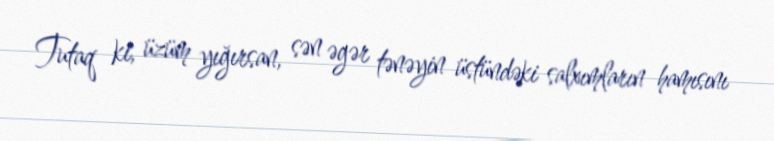
Tutaq ki, üzüm yığırsan, sən əgər tənəyin üstündəki salxımların hamısını